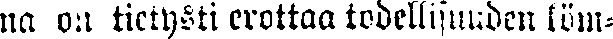
na on tietysti erottaa todellisuuden löm-